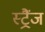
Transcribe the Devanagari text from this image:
स्ट्रैंज